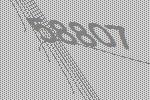
58807